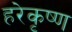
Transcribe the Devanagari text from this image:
हरेकृष्‍ण